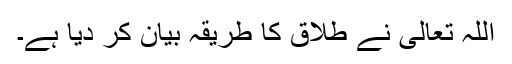
اللہ تعالیٰ نے طلاق کا طریقہ بیان کر دیا ہے۔